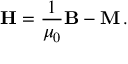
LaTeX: \mathbf { H } = { \frac { 1 } { \mu _ { 0 } } } \mathbf { B } - \mathbf { M } \, .